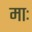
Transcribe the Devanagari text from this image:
माः